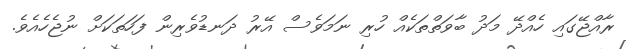
ރާއްޖޭގައި ހެއްދޭ މަދު ބާވަތްތަކެއް ހުރި ނަމަވެސް އޭރު ދަނޑުވެރިން ފަހަތަކަށް ނުޖެހެއެވެ.